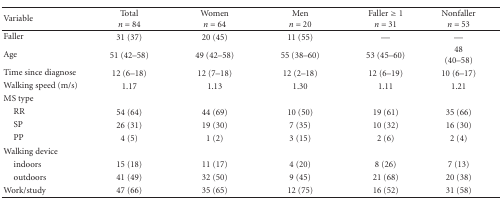
<table><thead><tr><td><b>Variable</b></td><td><b>Total<i>n</i> = 84</b></td><td><b>Women <i>n</i> = 64</b></td><td><b>Men <i>n</i> = 20</b></td><td><b>Faller ≥ 1<i>n</i> = 31</b></td><td><b>Nonfaller <i>n</i> = 53</b></td></tr></thead><tbody><tr><td>Faller</td><td>31 (37)</td><td>20 (45)</td><td>11 (55)</td><td>—</td><td>—</td></tr><tr><td>Age</td><td>51 (42–58)</td><td>49 (42–58)</td><td>55 (38–60)</td><td>53 (45–60)</td><td>48 (40–58)</td></tr><tr><td>Time since diagnose</td><td>12 (6–18)</td><td>12 (7–18)</td><td>12 (2–18)</td><td>12 (6–19)</td><td>10 (6–17)</td></tr><tr><td>Walking speed (m/s)</td><td>1.17</td><td>1.13</td><td>1.30</td><td>1.11</td><td>1.21</td></tr><tr><td>MS type</td><td></td><td></td><td></td><td></td><td></td></tr><tr><td> RR</td><td>54 (64)</td><td>44 (69)</td><td>10 (50)</td><td>19 (61)</td><td>35 (66)</td></tr><tr><td> SP</td><td>26 (31)</td><td>19 (30)</td><td>7 (35)</td><td>10 (32)</td><td>16 (30)</td></tr><tr><td> PP</td><td>4 (5)</td><td>1 (2)</td><td>3 (15)</td><td>2 (6)</td><td>2 (4)</td></tr><tr><td>Walking device</td><td></td><td></td><td></td><td></td><td></td></tr><tr><td> indoors</td><td>15 (18)</td><td>11 (17)</td><td>4 (20)</td><td>8 (26)</td><td>7 (13)</td></tr><tr><td> outdoors</td><td>41 (49)</td><td>32 (50)</td><td>9 (45)</td><td>21 (68)</td><td>20 (38)</td></tr><tr><td>Work/study</td><td>47 (66)</td><td>35 (65)</td><td>12 (75)</td><td>16 (52)</td><td>31 (58)</td></tr></tbody></table>